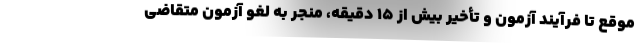
موقع تا فرآیند آزمون و تأخیر بیش از ۱۵ دقیقه، منجر به لغو آزمون متقاضی